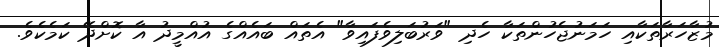
މުޒާހަރާތަކާއި ހަމަނުޖެހުންތަކާ ހެދި "ވަރުބަލިވެފައިވާ" އެތައް ބައެއްގެ އުއްމީދު އާ ކޮށްދޭ ކަމެކެވެ.